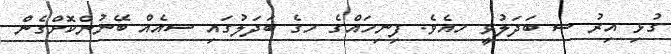
ގުޅި އިރު ސ ބަދަލުވީ ހއެވެ. ފިނިހައްގެ ހގެ ބަދަލުގައި ސއެއް ބޭނުންކޮށްގެން